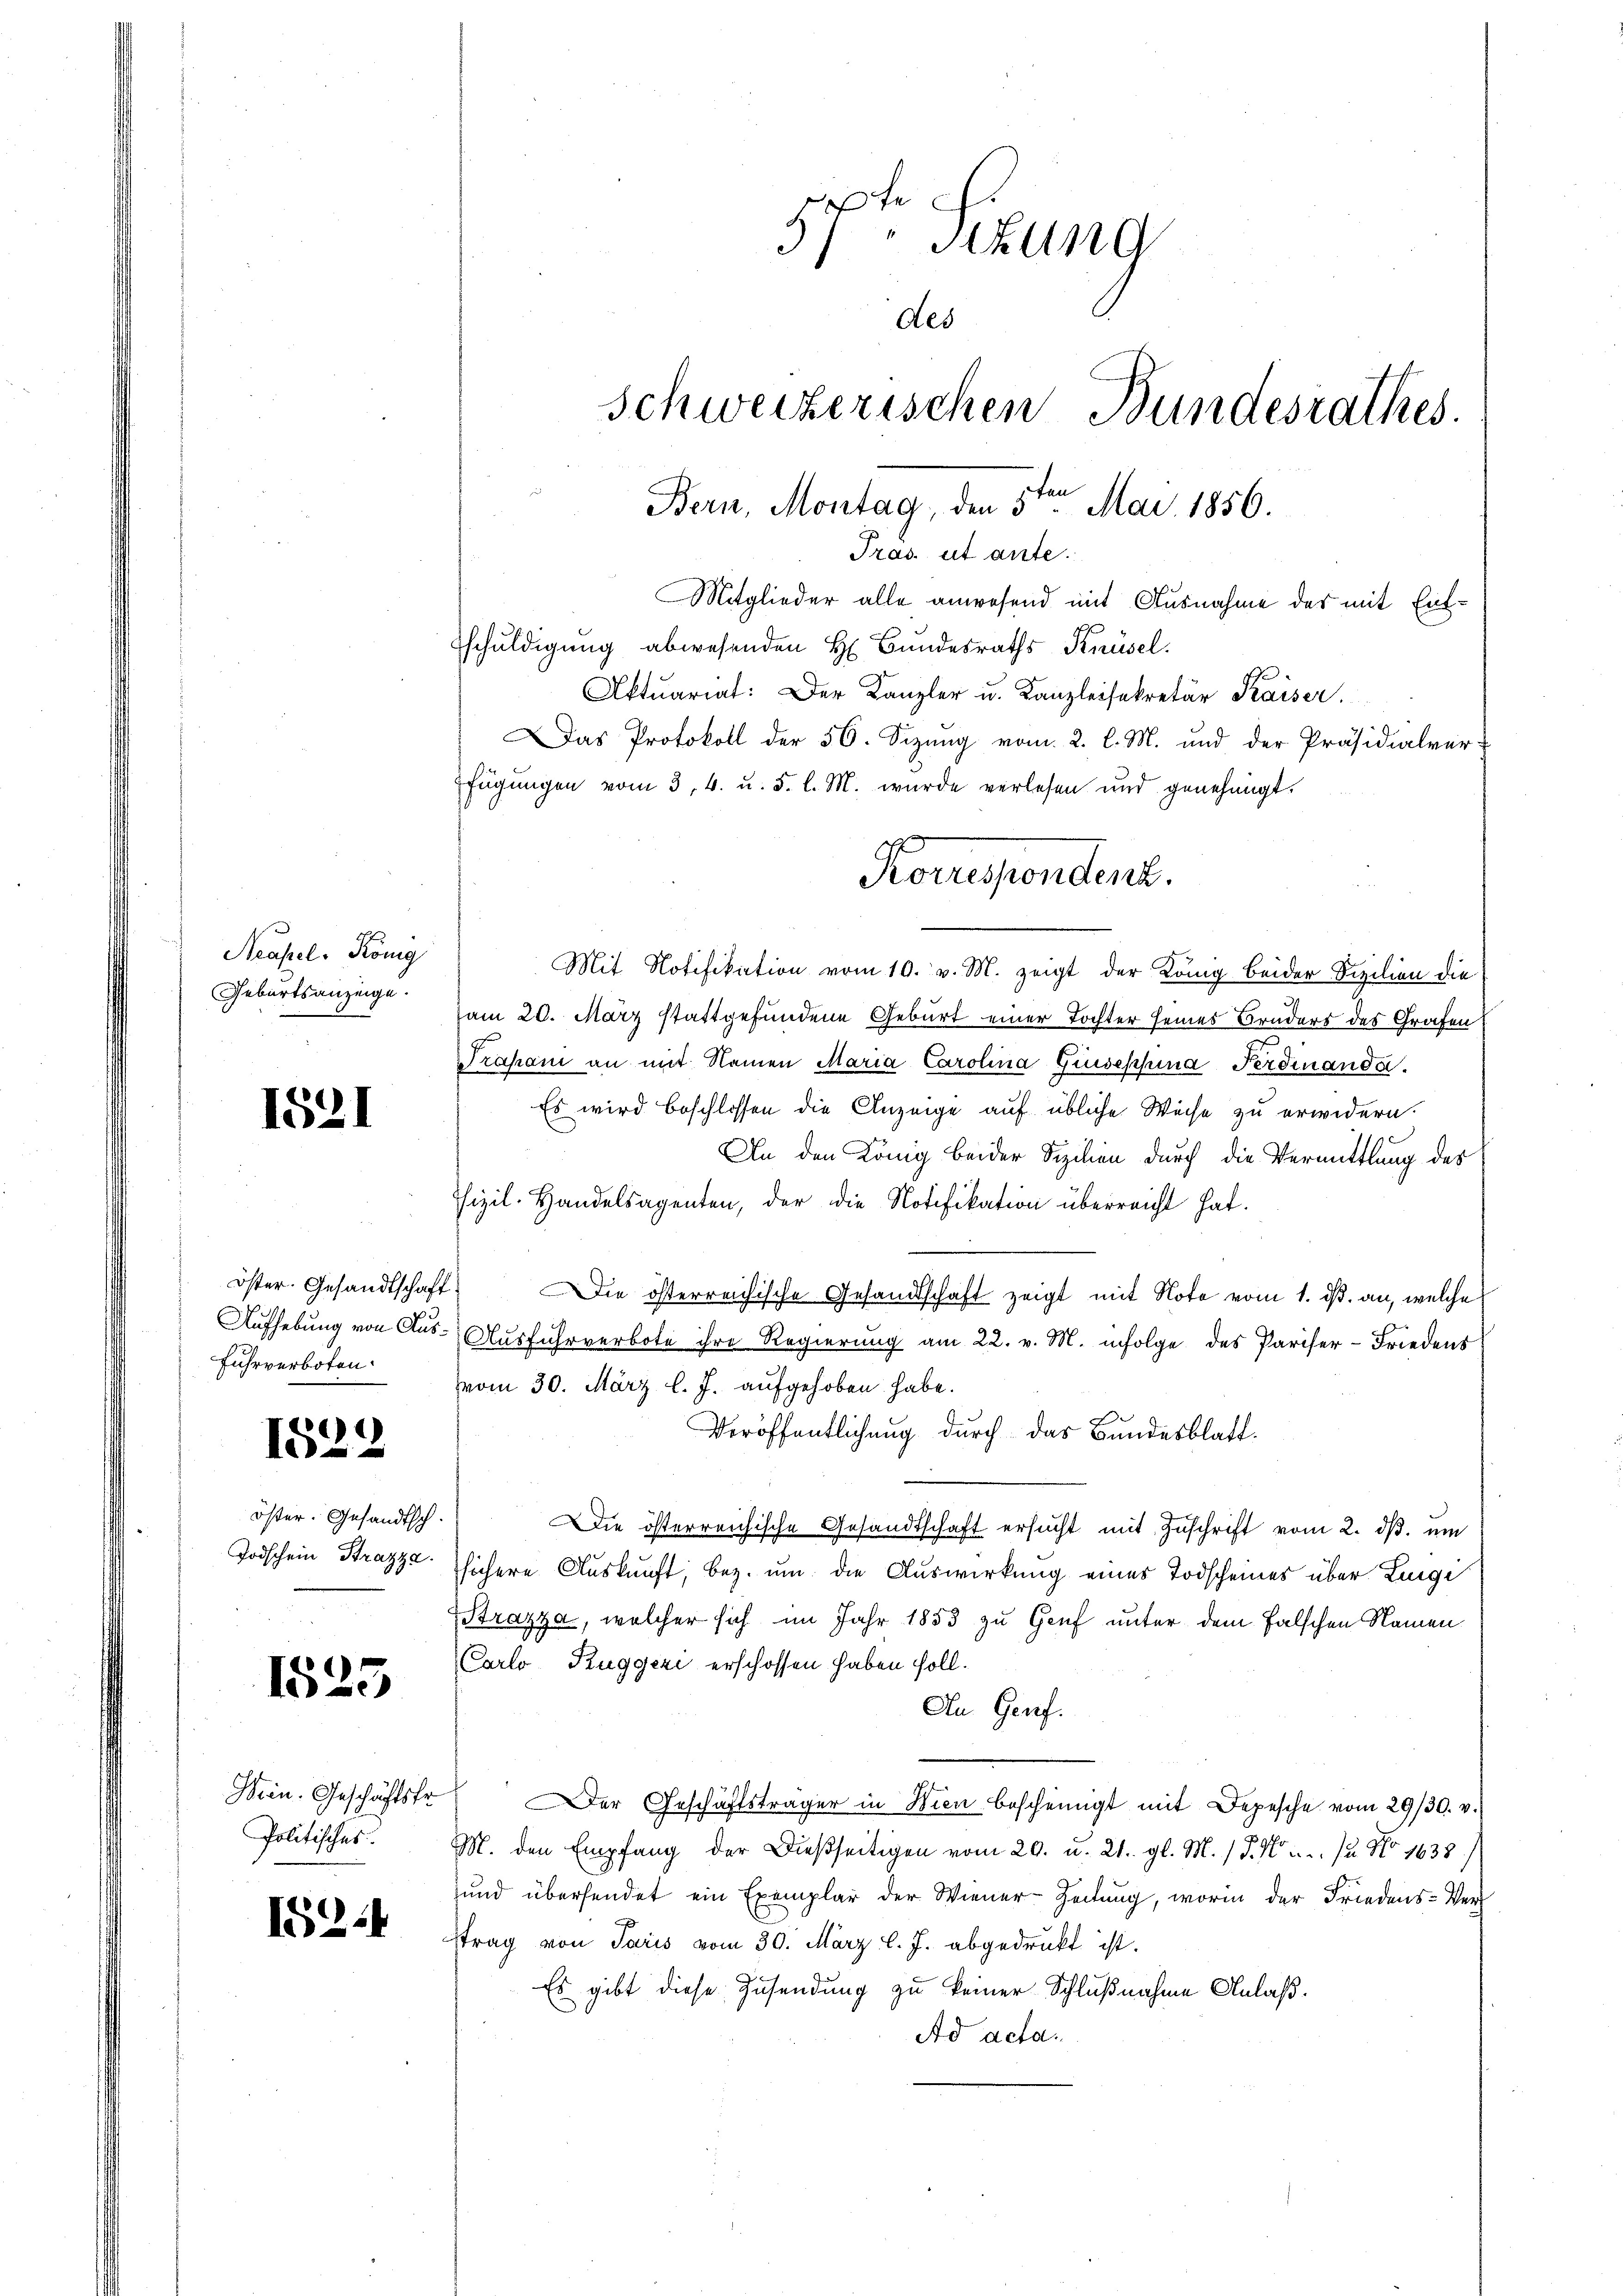
Neapel. König
Geburtsanzeige.

1521

öster. Gesandtschaft.
Aufhebung von Aus¬
Fuhrverboten.

1529

öster. Gesandtsch.
Todschein Strazza

1525

Hein. Geschäftskr
Politisches.

1214

Fe
3) schung
des
Schweizerischen Bundesrathes.
Bern, Montag, den 5ten Mai 1856.
Tras. ut ante.
Mitglieder alle anwesend mit Ausnahme des mit Entsschuldigung abwesenden H. Bundesraths Knüsel.
Aktuariat: Der Kanzler u. Kanzleisekretär Kaiser.
Das Protokoll der 56. Sizung vom 2. l. M. und der Präsidialver-
fügungen vom 3. 4. u. 5. l. M. wurde verlesen und genehmigt.
Roussondent.

Mit Notifikation vom 10. v. M. zeigt der König beider Sizilien die
am 20. März stattgefundene Geburt einer Tochter seines Bruders des Grafen
Trasani an mit Namen Maria Carolina Giuseppina Ferdinanda
Es wird beschlossen die Anzeige auf übliche Weise zu erwidern.
An den König beider Sizilien durch die Vermittlung des
izil-Handelsagenten, der die Notifikation überreicht hat.
Die österreichische Gesandtschaft zeigt mit Note vom 1. ds. an, welche
Ausfuhrverbote ihre Regierung am 22. v. M. infolge des Pariser-Friedens
vom 30. März l. J. aufgehoben habe.
Veröffentlichung durch das Bundesblatt¬
.
Die österreichische Gesandtschaft ersŭcht mit Zuschrift vom 2. dβ. um
sichere Auskunft, bez. um die Auswirkung eines Todscheines über Lunge
Strazza, welcher sich im Jahr 1853 zu Genf unter dem Falschen Namen
Carlo Ruggeri erschossen haben soll.
An Genf.
er Geschäftsträger in Wien bescheinigt mit Depesche vom 29/30. v.
M. den Empfang der dießseitigen vom 20. u. 21. gl. M. P. Nr. ... 12 No 1638/
und übersendet ein Exemplar der Wiener-Zeitung, worin der Friedens-Ver-
trag von Paris vom 30. März l. J. abgedrukt ist.
Es gibt diese Zusendung zu keiner Schlußnahme Anlaß.
Ad acta.